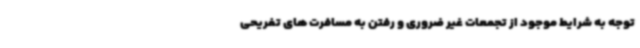
توجه به شرایط موجود از تجمعات غیر ضروری و رفتن به مسافرت های تفریحی